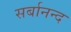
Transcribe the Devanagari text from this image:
सर्बानन्द